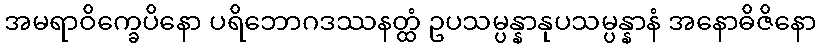
အမရာဝိက္ခေပိနော ပရိဘောဂဒဿနတ္ထံ ဥပသမ္ပန္နာနုပသမ္ပန္နာနံ အနောဓိဇိနော